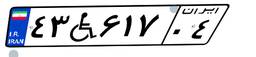
۷۱W۹۷۱۴۷